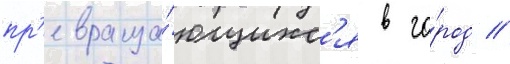
пр'евраща́ющихс'я в го́род //